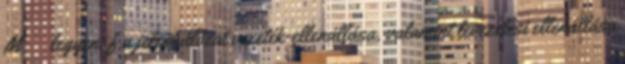
MΩ legyen, f a jelzõhálózat vezeték-ellenállása, valamint levezetési ellenállása